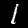
Label: 1